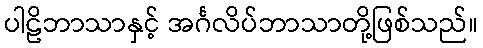
ပါဠိဘာသာနှင့် အင်္ဂလိပ်ဘာသာတို့ဖြစ်သည်။